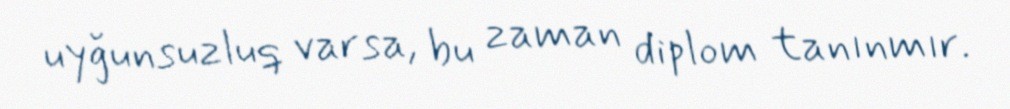
uyğunsuzluq varsa, bu zaman diplom tanınmır.